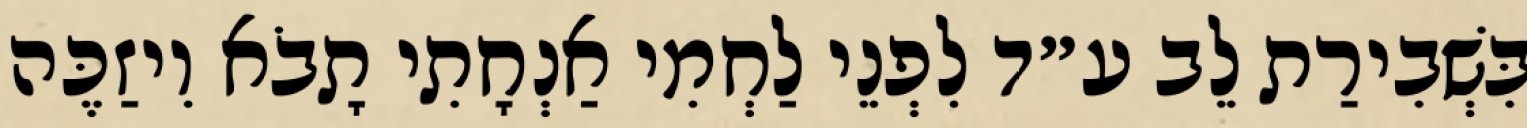
בִּשְׁבִירַת לֵב ע״ד לִפְנֵי לַחְמִי אַנְחָתִי תָבֹא וִיזַכֶּה